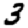
Digit: 3